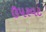
ઉપરવટ